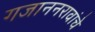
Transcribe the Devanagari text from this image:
गजाननरावांचे